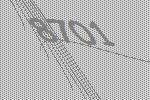
8701